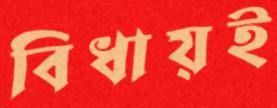
বিধায়ই